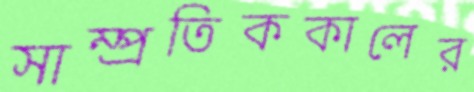
সাম্প্রতিককালের